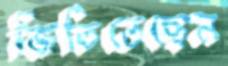
জিতিতেছেন